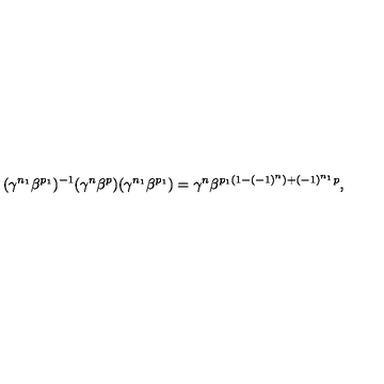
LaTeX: ( \gamma ^ { n _ { 1 } } \beta ^ { p _ { 1 } } ) ^ { - 1 } ( \gamma ^ { n } \beta ^ { p } ) ( \gamma ^ { n _ { 1 } } \beta ^ { p _ { 1 } } ) = \gamma ^ { n } \beta ^ { p _ { 1 } ( 1 - ( - 1 ) ^ { n } ) + ( - 1 ) ^ { n _ { 1 } } p } ,